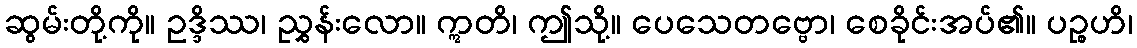
ဆွမ်းတို့ကို။ ဥဒ္ဒိဿ၊ ညွှန်းလော။ ဣတိ၊ ဤသို့။ ပေသေတဗ္ဗော၊ စေခိုင်းအပ်၏။ ပဉ္စဟိ၊